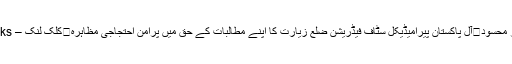
عصمت انور محسود	آل پاکستان پیرامیڈیکل سٹاف فیڈریشن ضلع زیارت کا اپنے مطالبات کے حق میں پرامن احتجاجی مظاہرہ	کلک لنک – Click Links